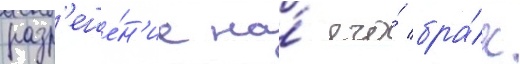
разр'еше́н'ие на́ его́ бра́к